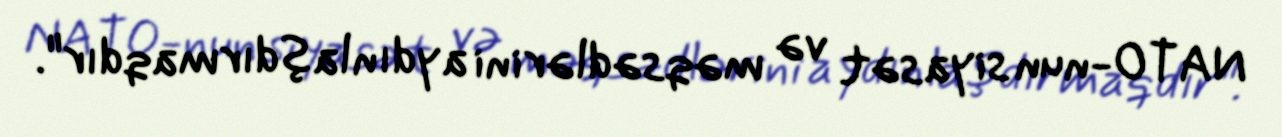
NATO-nun siyasət və məqsədlərini aydınlaşdırmaqdır".